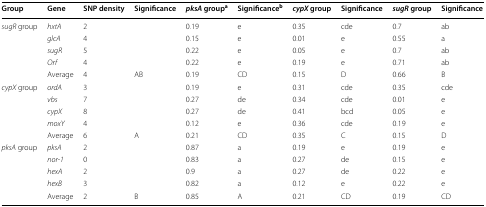
| Group | Gene | SNP density | Significance | pksA groupa | Significanceb | cypX group | Significance | sugR group | Significance |
 | --- | --- | --- | --- | --- | --- | --- | --- | --- | --- |
 | <ROWSPAN=4> sugR group | hxtA | 2 |  | 0.19 | e | 0.35 | cde | 0.7 | ab |
 | glcA | 4 |  | 0.15 | e | 0.01 | e | 0.55 | a |
 | sugR | 5 |  | 0.22 | e | 0.05 | e | 0.7 | ab |
 | Orf | 4 |  | 0.22 | e | 0.19 | e | 0.71 | ab |
 |  | Average | 4 | AB | 0.19 | CD | 0.15 | D | 0.66 | B |
 | <ROWSPAN=4> cypX group | ordA | 3 |  | 0.19 | e | 0.31 | cde | 0.35 | cde |
 | vbs | 7 |  | 0.27 | de | 0.34 | cde | 0.01 | e |
 | cypX | 8 |  | 0.27 | de | 0.41 | bcd | 0.05 | e |
 | moxY | 4 |  | 0.12 | e | 0.36 | cde | 0.19 | e |
 |  | Average | 6 | A | 0.21 | CD | 0.35 | C | 0.15 | D |
 | <ROWSPAN=4> pksA group | pksA | 2 |  | 0.87 | a | 0.19 | e | 0.19 | e |
 | nor-1 | 0 |  | 0.83 | a | 0.27 | de | 0.15 | e |
 | hexA | 2 |  | 0.9 | a | 0.27 | de | 0.22 | e |
 | hexB | 3 |  | 0.82 | a | 0.12 | e | 0.22 | e |
 |  | Average | 2 | B | 0.85 | A | 0.21 | CD | 0.19 | CD |